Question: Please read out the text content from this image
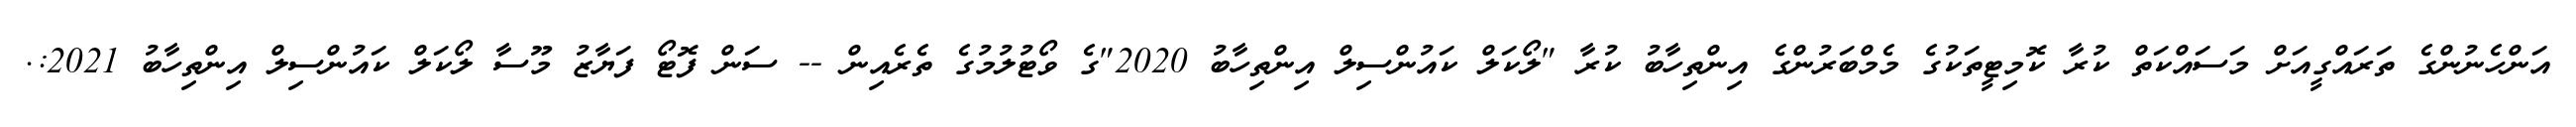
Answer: އަންހެނުންގެ ތަރައްގީއަށް މަސައްކަތް ކުރާ ކޮމިޓީތަކުގެ މެމްބަރުންގެ އިންތިހާބު ކުރާ "ލޯކަލް ކައުންސިލް އިންތިހާބު 2020"ގެ ވޯޓުލުމުގެ ތެރެއިން -- ސަން ފޮޓޯ ފަޔާޒު މޫސާ ލޯކަލް ކައުންސިލް އިންތިހާބު 2021:.